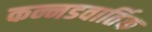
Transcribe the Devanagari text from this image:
कन्नडवार्तिक